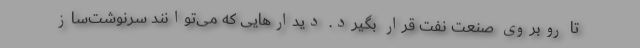
تا روبروی صنعت نفت قرار بگیرد. دیدارهایی که می‌توانند سرنوشت‌ساز